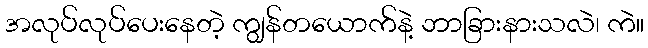
အလုပ်လုပ်ပေးနေတဲ့ ကျွန်တယောက်နဲ့ ဘာခြားနားသလဲ၊ ကဲ။